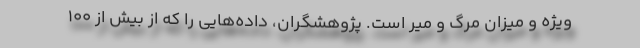
ویژه و میزان مرگ و میر است. پژوهشگران، داده‌هایی را که از بیش از ۱۰۰